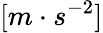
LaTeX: [m\cdot s^{-2}]